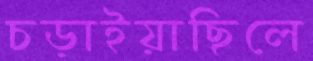
চড়াইয়াছিলে